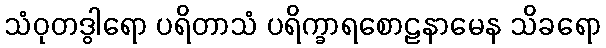
သံဝုတဒွါရော ပရိတာသံ ပရိက္ခာရစောဠနာမေန သိခရော